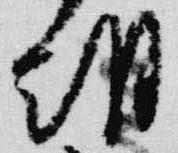
朝